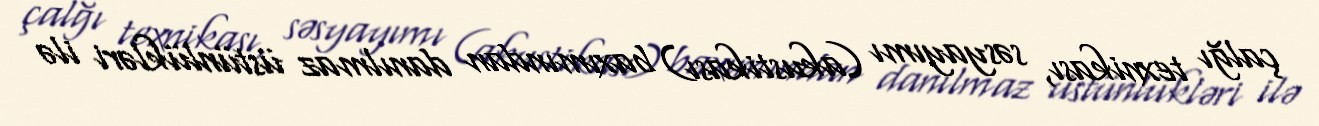
çalğı texnikası, səsyayımı (akustikası) baxımından danılmaz üstünlükləri ilə